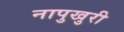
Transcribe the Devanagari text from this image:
नापुखुरी